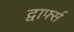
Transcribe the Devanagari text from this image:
द्वार्फ्स